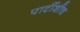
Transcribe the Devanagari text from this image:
पार्टीशीच